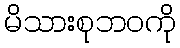
မိသားစုဘဝကို